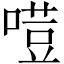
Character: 𠻼